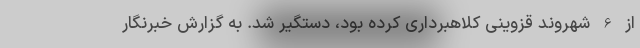
از 6 شهروند قزوینی کلاهبرداری کرده بود، دستگیر شد. به گزارش خبرنگار